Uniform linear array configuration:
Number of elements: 12
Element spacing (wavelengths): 1
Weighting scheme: binomial
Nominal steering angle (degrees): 15
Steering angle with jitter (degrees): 14.539
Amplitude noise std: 0.05
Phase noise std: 0.05

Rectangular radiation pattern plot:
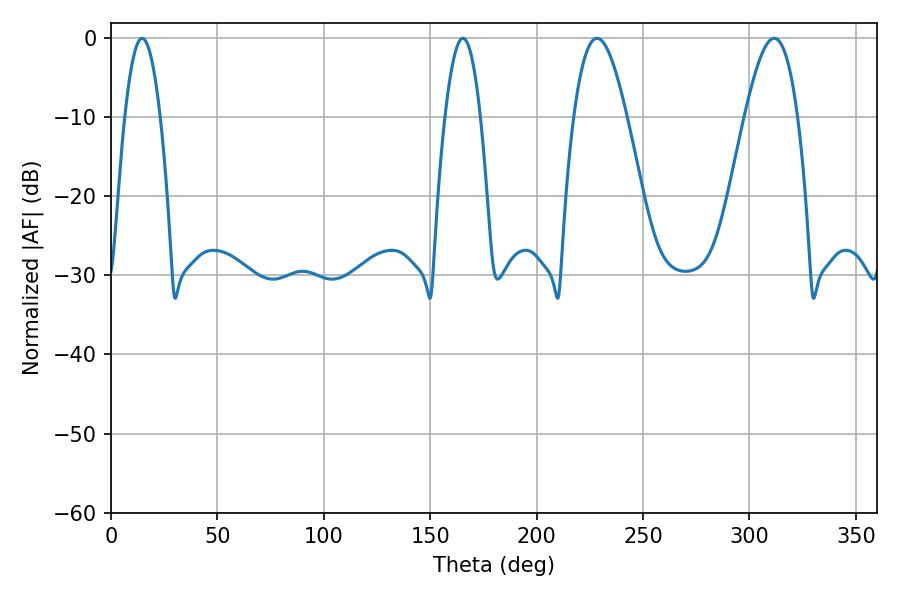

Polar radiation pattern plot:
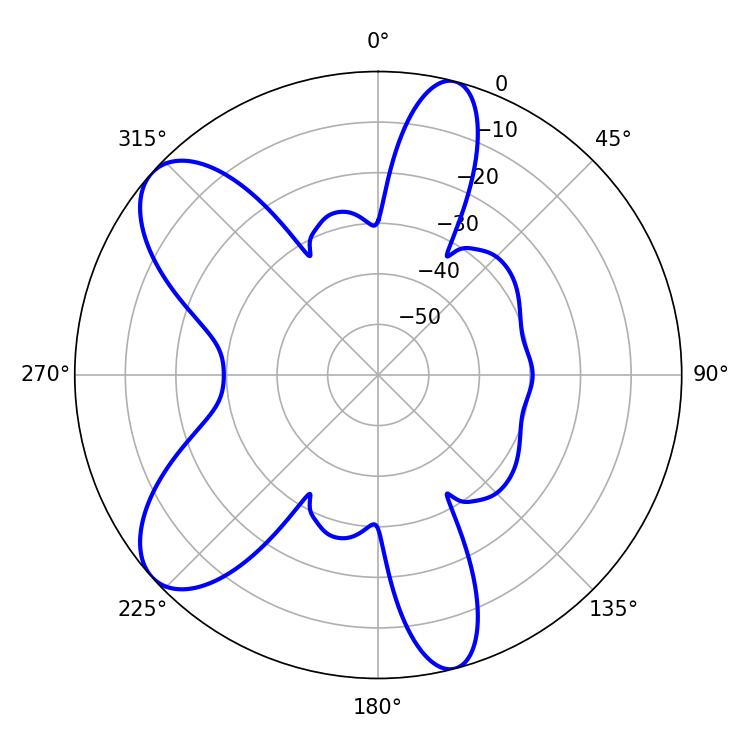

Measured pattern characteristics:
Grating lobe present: TRUE
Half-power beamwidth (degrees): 13.5
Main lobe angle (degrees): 228.42